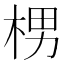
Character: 㭷